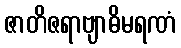
ဇာတိဇရာဗျာဓိမရဏံ